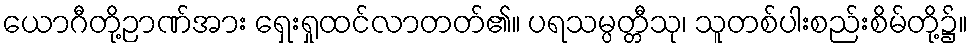
ယောဂီတို့ဉာဏ်အား ရှေးရှုထင်လာတတ်၏။ ပရသမ္ပတ္တီသု၊ သူတစ်ပါးစည်းစိမ်တို့၌။